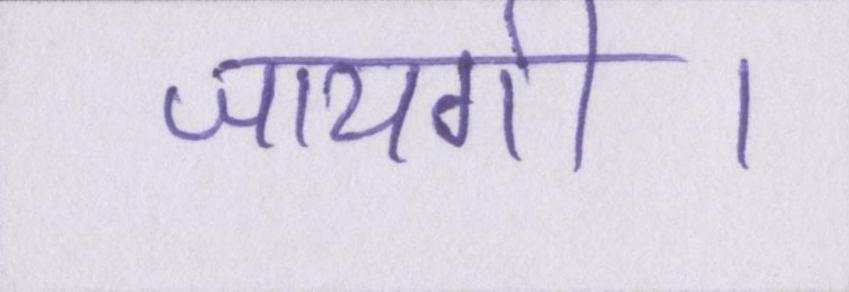
जायगी।